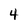
Character: 4